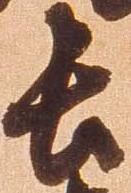
長